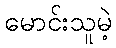
မောင်းသူမဲ့